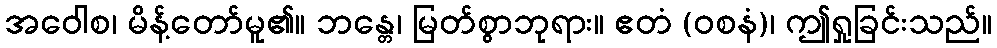
အဝေါစ၊ မိန့်တော်မူ၏။ ဘန္တေ၊ မြတ်စွာဘုရား။ ဧတံ (ဝစနံ)၊ ဤရှုခြင်းသည်။